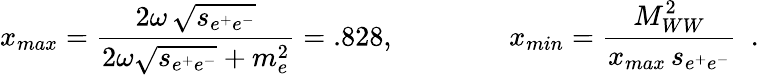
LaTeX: x_{max}={\frac{\displaystyle 2\omega\, \sqrt{s_{e^{+}e^{-}}}}{2\omega\sqrt{s_{e^{+}e^{-}}}+m_{e}^{2}}}=.828,\qquad\qquad x_{min}={\frac{\displaystyle M_{WW}^{2}}{x_{max}\, s_{e^{+}e^{-}}}}\, \, \, .